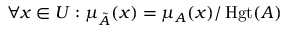
\forall x \in { U } : \mu _ { \tilde { A } } ( x ) = \mu _ { A } ( x ) / \operatorname { H g t } ( A )